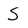
Character: S